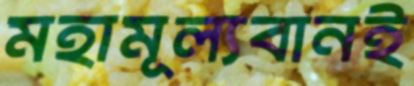
মহামূল্যবানই